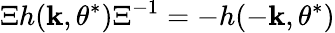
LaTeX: \Xi h({\mathbf k},\theta^{*})\Xi^{-1}=-h(-{\mathbf k},\theta^{*})